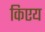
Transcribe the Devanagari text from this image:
किएय